Indian journal of veterinary science and animal husbandry - Volumes 28-29, 1958-1959
Year: 1958
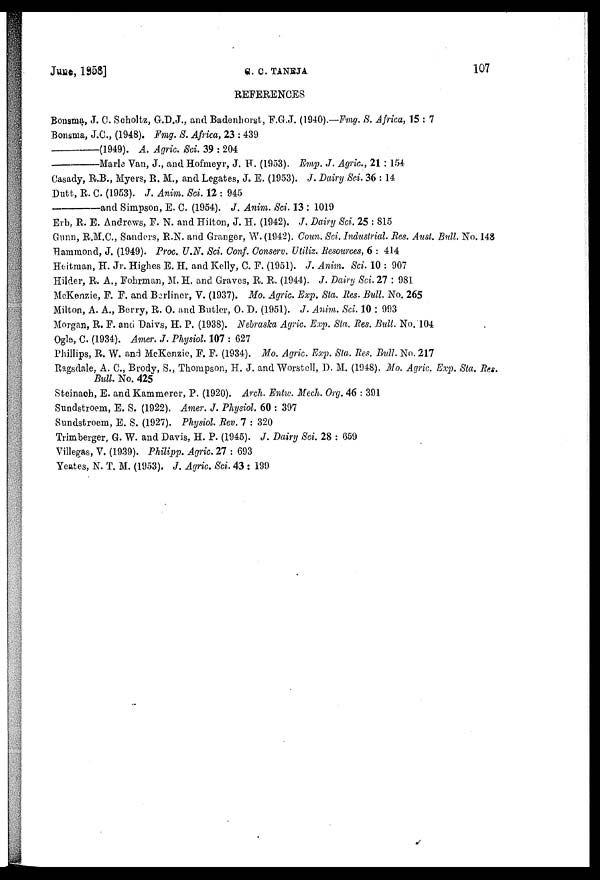
June, 1958]
C.
C. TANEJA
107
REFERENCES
Bonsma, J. C. Scholtz, G.D.J., and Badenhorst, F.G.J. (1940).—Fmg. S. Africa, 15 : 7
Bonsma, J.C., (1948). Fmg. S. Africa, 23 : 439
—(1949).
A. Agric. Sci. 39 : 204
—Marle
Van, J., and Hofmeyr, J. H. (1953). Emp. J. Agric., 21 : 154
Casady, R.B., Myers, R. M., and Legates, J. E. (1953). J. Dairy Sci. 36 : 14
Dutt, R. C. (1953). J. Anim. Sci. 12 : 945
—and
Simpson, E. C. (1954). J. Anim. Sci. 13 : 1019
Erb, R. E. Andrews, F. N. and Hilton, J. H. (1942). J. Dairy Sci. 25 : 815
Gunn, R.M.C., Sanders, R.N. and Granger, W. (1942). Coun. Sci. Industrial. Res. Aust. Bull. No. 148
Hammond, J. (1949). Proc. U.N. Sci. Conf. Conserv. Utiliz. Resources, 6 : 414
Heitman, H. Jr. Highes E. H. and Kelly, C. F. (1951). J. Anim. Sci. 10 : 907
Hilder, R. A., Fohrman, M. H. and Graves, R. R. (1944). J. Dairy Sci. 27 : 981
McKenzie, F. F. and Berliner, V. (1937). Mo. Agric. Exp. Sta. lies. Bull. No. 265
Milton, A. A., Berry, R. O. and Butler, O. D. (1951). J. Anim. Sci. 10 : 993
Morgan, R. F. and Daivs, H. P. (1938). Nebraska Agric. Exp. Sta. Res. Bull. No. 104
Ogle, C. (1934). Amer. J. Physiol. 107 : 627
Phillips, R. W. and McKenzie, F. F. (1934). Mo. Agric. Exp. Sta. Res. Bull. No. 217
Ragsdale, A. C., Brody, S., Thompson, H. J. and Worstell, D. M. (1948). Mo. Agric. Exp. Sta. Res.
Bull. No. 425
Steinach, E. and Kammerer, P. (1920). Arch. Entw. Mech. Org. 46 : 391
Sundstroem, E. S. (1922). Amer. J. Physiol. 60 : 397
Sundstroem, E. S. (1927). Physiol. Rev. 7 : 320
Trimberger, G. W. and Davis, H. P. (1945). J. Dairy Sci. 28 : 659
Villegas, V. (1939). Philipp. Agric. 27 : 693
Yeates, N. T. M. (1953). J. Agric. Sci. 43 : 199